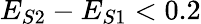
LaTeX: E_{S2}-E_{S1}<0.2